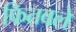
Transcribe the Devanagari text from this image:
फितवले